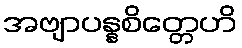
အဗျာပန္နစိတ္တေဟိ